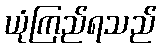
ယုံကြည်ရသည်